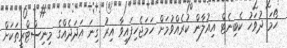
ހޯމަ ދުވަހު ކެބިނެޓް އިއުލާން ކުރެއްވުމަށް ހަމަޖެހިފައިވާ އިރު ގިނަ އަދަދެއްގެ މިނިސްޓްރީތަކަށް